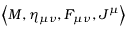
\left< M , \eta _ { \mu \nu } , F _ { \mu \nu } , J ^ { \mu } \right>